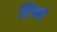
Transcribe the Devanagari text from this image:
स्टिन्सों